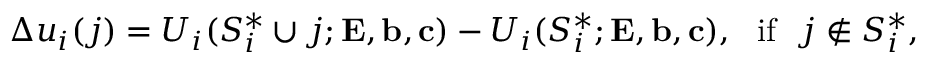
\Delta u _ { i } ( j ) = U _ { i } ( S _ { i } ^ { * } \cup { j } ; { \mathbf { E } } , { \mathbf { b } } , { \mathbf { c } } ) - U _ { i } ( S _ { i } ^ { * } ; { \mathbf { E } } , { \mathbf { b } } , { \mathbf { c } } ) , ~ ~ { \mathrm { i f } } ~ ~ j \notin S _ { i } ^ { * } ,